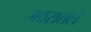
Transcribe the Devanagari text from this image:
जठरातले